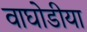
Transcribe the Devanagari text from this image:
वाघोडीया